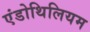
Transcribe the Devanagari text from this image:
एंडोथिलियम